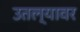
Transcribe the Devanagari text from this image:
उतल्यावर